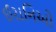
ઈરાનિઓ